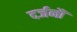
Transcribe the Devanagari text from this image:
दर्जनौं